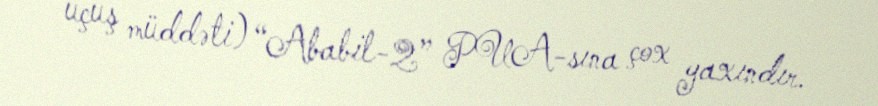
uçuş müddəti) “Ababil-2” PUA-sına çox yaxındır.